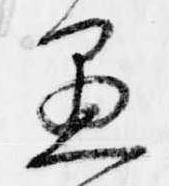
愚